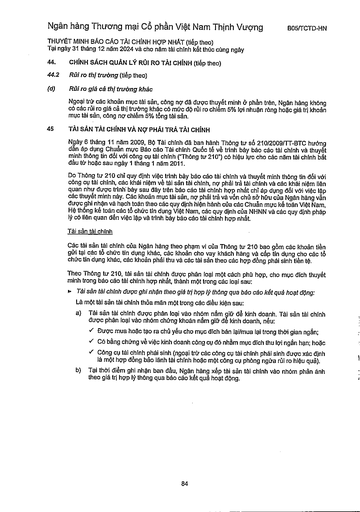
|44.|CHÍNH SÁCH QUẢN LÝ RỦI RO TÀI CHÍNH (tiếp theo)| |---|---| |44.2|Rủi ro thị trường (tiếp theo)| |(d)|Rủi ro giá cả thị trường khác| ||Ngoài trừ các khoản mục tài sản, công nợ đã được thuyết minh ở phần trên, Ngân hàng không có các rủi ro giá cả thị trường khác có mức độ rủi ro chiếm 5% lợi nhuận ròng hoặc giá trị khoản mục tài sản, công nợ chiếm 5% tổng tài sản.| |45|TÀI SẢN TÀI CHÍNH VÀ NỢ PHẢI TRẢ TÀI CHÍNH| ||Ngày 6 tháng 11 năm 2009, Bộ Tài chính đã ban hành Thông tư số 210/2009/TT-BTC hướng dẫn áp dụng Chuẩn mực Báo cáo Tài chính Quốc tế về trình bày báo cáo tài chính và thuyết minh thông tin đối với công cụ tài chính ("Thông tư 210") có hiệu lực cho các năm tài chính bắt đầu từ hoặc sau ngày 1 tháng 1 năm 2011.| ||Do Thông tư 210 chỉ quy định việc trình bày báo cáo tài chính và thuyết minh thông tin đối với công cụ tài chính, các khái niệm về tài sản tài chính, nợ phải trả tài chính và các khái niệm liên quan như được trình bày sau đây trên báo cáo tài chính hợp nhất chỉ áp dụng đối với việc lập các thuyết minh này. Các khoản mục tài sản, nợ phải trả và vốn chủ sở hữu của Ngân hàng vẫn được ghi nhận và hạch toán theo các quy định hiện hành của các Chuẩn mực kế toán Việt Nam, Hệ thống kế toán các tổ chức tín dụng Việt Nam, các quy định của NHNN và các quy định pháp lý có liên quan đến việc lập và trình bày báo cáo tài chính hợp nhất.| ||Tài sản tài chính| ||Các tài sản tài chính của Ngân hàng theo phạm vi của Thông tư 210 bao gồm các khoản tiền gửi tại các tổ chức tín dụng khác, các khoản cho vay khách hàng và cấp tín dụng cho các tổ chức tín dụng khác, các khoản phải thu và các tài sản theo các hợp đồng phái sinh tiền tệ.| ||Theo Thông tư 210, tài sản tài chính được phân loại một cách phù hợp. Cho mục đích thuyết minh trong báo cáo tài chính hợp nhất, thành một trong các loại sau:| ||Tài sản tài chính được ghi nhận theo giá trị hợp lý thông qua báo cáo kết quả hoạt động: Là một tài sản tài chính thỏa mãn một trong các điều kiện sau:| ||a) Tài sản tài chính được phân loại vào nhóm nắm giữ để kinh doanh. Tài sản tài chính được phân loại vào nhóm chứng khoán nắm giữ để kinh doanh, nếu:| ||SELECTED, Được mua hoặc tạo ra chủ yếu cho mục đích bán lại/mua lại trong thời gian ngắn;| ||SELECTED, Có bằng chứng về việc kinh doanh công cụ đó nhằm mục đích thu lợi ngắn hạn; hoặc| ||SELECTED, Công cụ tài chính phái sinh (ngoài trừ các công cụ tài chính phái sinh được xác định là một hợp đồng bảo lãnh tài chính hoặc một công cụ phòng ngừa rủi ro hiệu quả).| ||b) Tại thời điểm ghi nhận ban đầu, Ngân hàng xếp tài sản tài chính vào nhóm phản ánh theo giá trị hợp lý thông qua báo cáo kết quả hoạt động.|